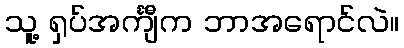
သူ့ ရှပ်အင်္ကျီက ဘာအရောင်လဲ။